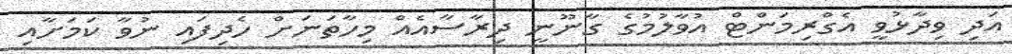
އަދި ވިދާޅުވީ އެގްރިމަންޓް އުވާލުމުގެ ގާނޫނީ ދިރާސާއެއް މިހާތަނަށް ހެދިފައި ނުވާ ކަމަށާއި